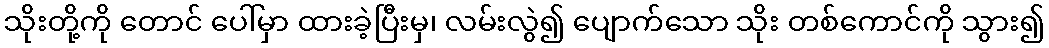
သိုးတို့ကို တောင် ပေါ်မှာ ထားခဲ့ပြီးမှ၊ လမ်းလွဲ၍ ပျောက်သော သိုး တစ်ကောင်ကို သွား၍